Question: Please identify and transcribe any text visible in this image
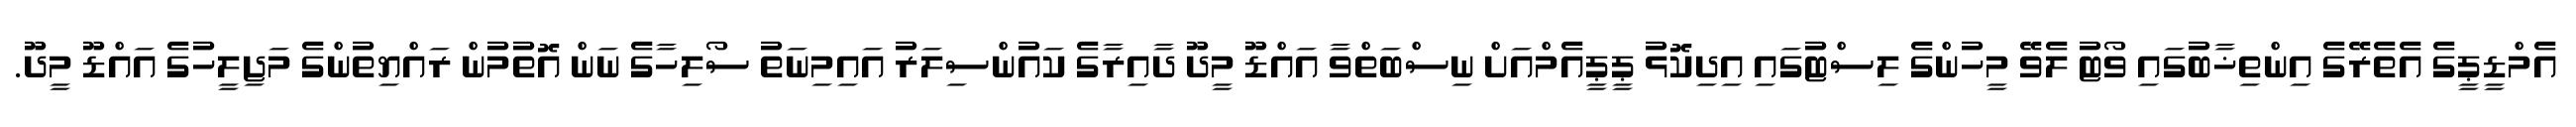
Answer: އެމްޑީޕީގެ އެތެރޭގެ އިންތިޚާބުގައި ވޯޓު ލެވޭ މީހުންގެ ލިސްޓުގައި އިދިކޮޅު ޕީޕީއެމްއަށް ނިސްބަތްވާ އައްޑޫ މީދޫ ދާއިރާގެ ކައުންސިލަރު އައިމިނަތު ސޯލިހާގެ ނަން އޮތުމުން ރައްޔިތުންގެ މަޖިލީހުގެ އައްޑޫ މީދޫ.